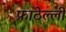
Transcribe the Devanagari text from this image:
फ्राठेल्ली